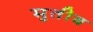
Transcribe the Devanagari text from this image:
मुतीब